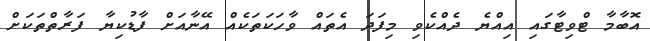
އޮބާމާ ޓްވިޓާގައި އިއްޔެ ދެއްކެވި މިފަދަ އެތައް ވާހަކަތަކެއް އޭނާއަށް ފާޑުކިޔާ ފަރާތްތަކަށް